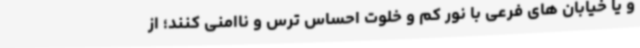
و یا خیابان های فرعی با نور کم و خلوت احساس ترس و ناامنی کنند؛ از